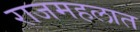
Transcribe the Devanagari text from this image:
राजमहलात